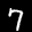
Label: 7